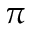
\pi